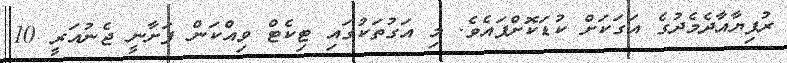
ރުފިޔާއާދެމެދުގެ އަގަކަށް ކުޑަކޮށްފައެވެ. މި އަގުތަކުގައި ޓިކެޓް ވިއްކަން ފަށާނީ ޖެނުއަރީ 10